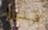
فلورا